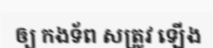
ឲ្យ កងទ័ព សត្រូវ ឡើង